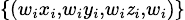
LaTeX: \scriptstyle\{ (w_{i}x_{i},w_{i}y_{i},w_{i}\mathit{z}_{i},w_{i})\}